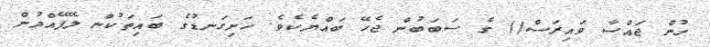
ހުން ޖައްސާ ވައިރަސް() ގެ ސަބަބުން ޖެހޭ ބައްޔެކެވެ. ހަށިގަނޑުގެ ބައިތަކުން ލޭފޭއްދުން